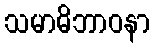
သမာဓိဘာဝနာ